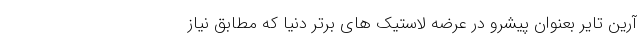
آرین تایر بعنوان پیشرو در عرضه لاستیک های برتر دنیا که مطابق نیاز